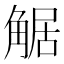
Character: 𧣻